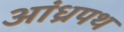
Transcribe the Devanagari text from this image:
आंध्रपथ